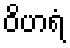
ဝိဟရံ